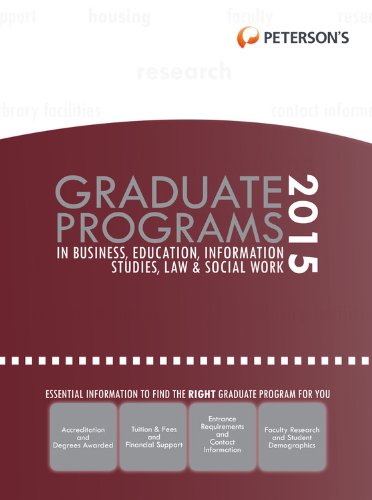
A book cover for Graduate Programs in Business, Education, Information Studies, Law & Social Work 2015 (Peterson's Graduate Programs in Business, Education, Health, Information Studies, Law and Social Work); Peterson's; Education & Teaching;